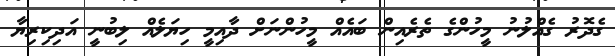
ގެދޮރު ގެއްލުނު މީހުންގެ ތެރެއިން ބައެއް މީހުންނަށް ދާއިމީ ހިޔަލެއް ލިބުނީ އަދިކިރިޔާ